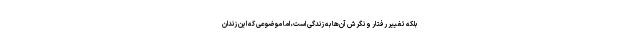
بلکه تغییر رفتار و نگرش آن‌ها به زندگی است، اما موضوعی که این زندان